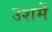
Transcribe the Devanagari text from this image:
उशमें